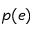
p ( e )